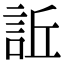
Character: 𧦺